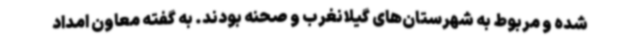
شده و مربوط به شهرستان‌های گیلانغرب و صحنه بودند. به گفته معاون امداد